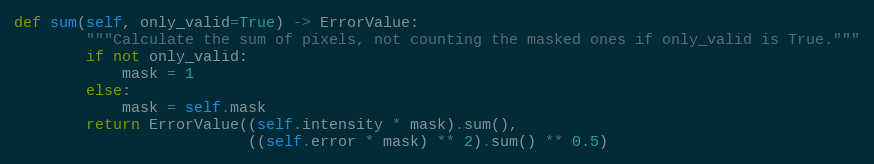
Language: Python
def sum(self, only_valid=True) -> ErrorValue:
        """Calculate the sum of pixels, not counting the masked ones if only_valid is True."""
        if not only_valid:
            mask = 1
        else:
            mask = self.mask
        return ErrorValue((self.intensity * mask).sum(),
                          ((self.error * mask) ** 2).sum() ** 0.5)